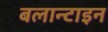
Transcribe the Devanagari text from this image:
बलान्टाइन